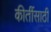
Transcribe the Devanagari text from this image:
कीर्तीसाठी